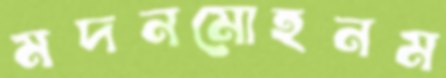
মদনমোহনম